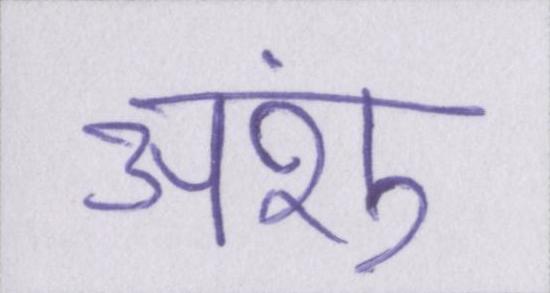
अंशु